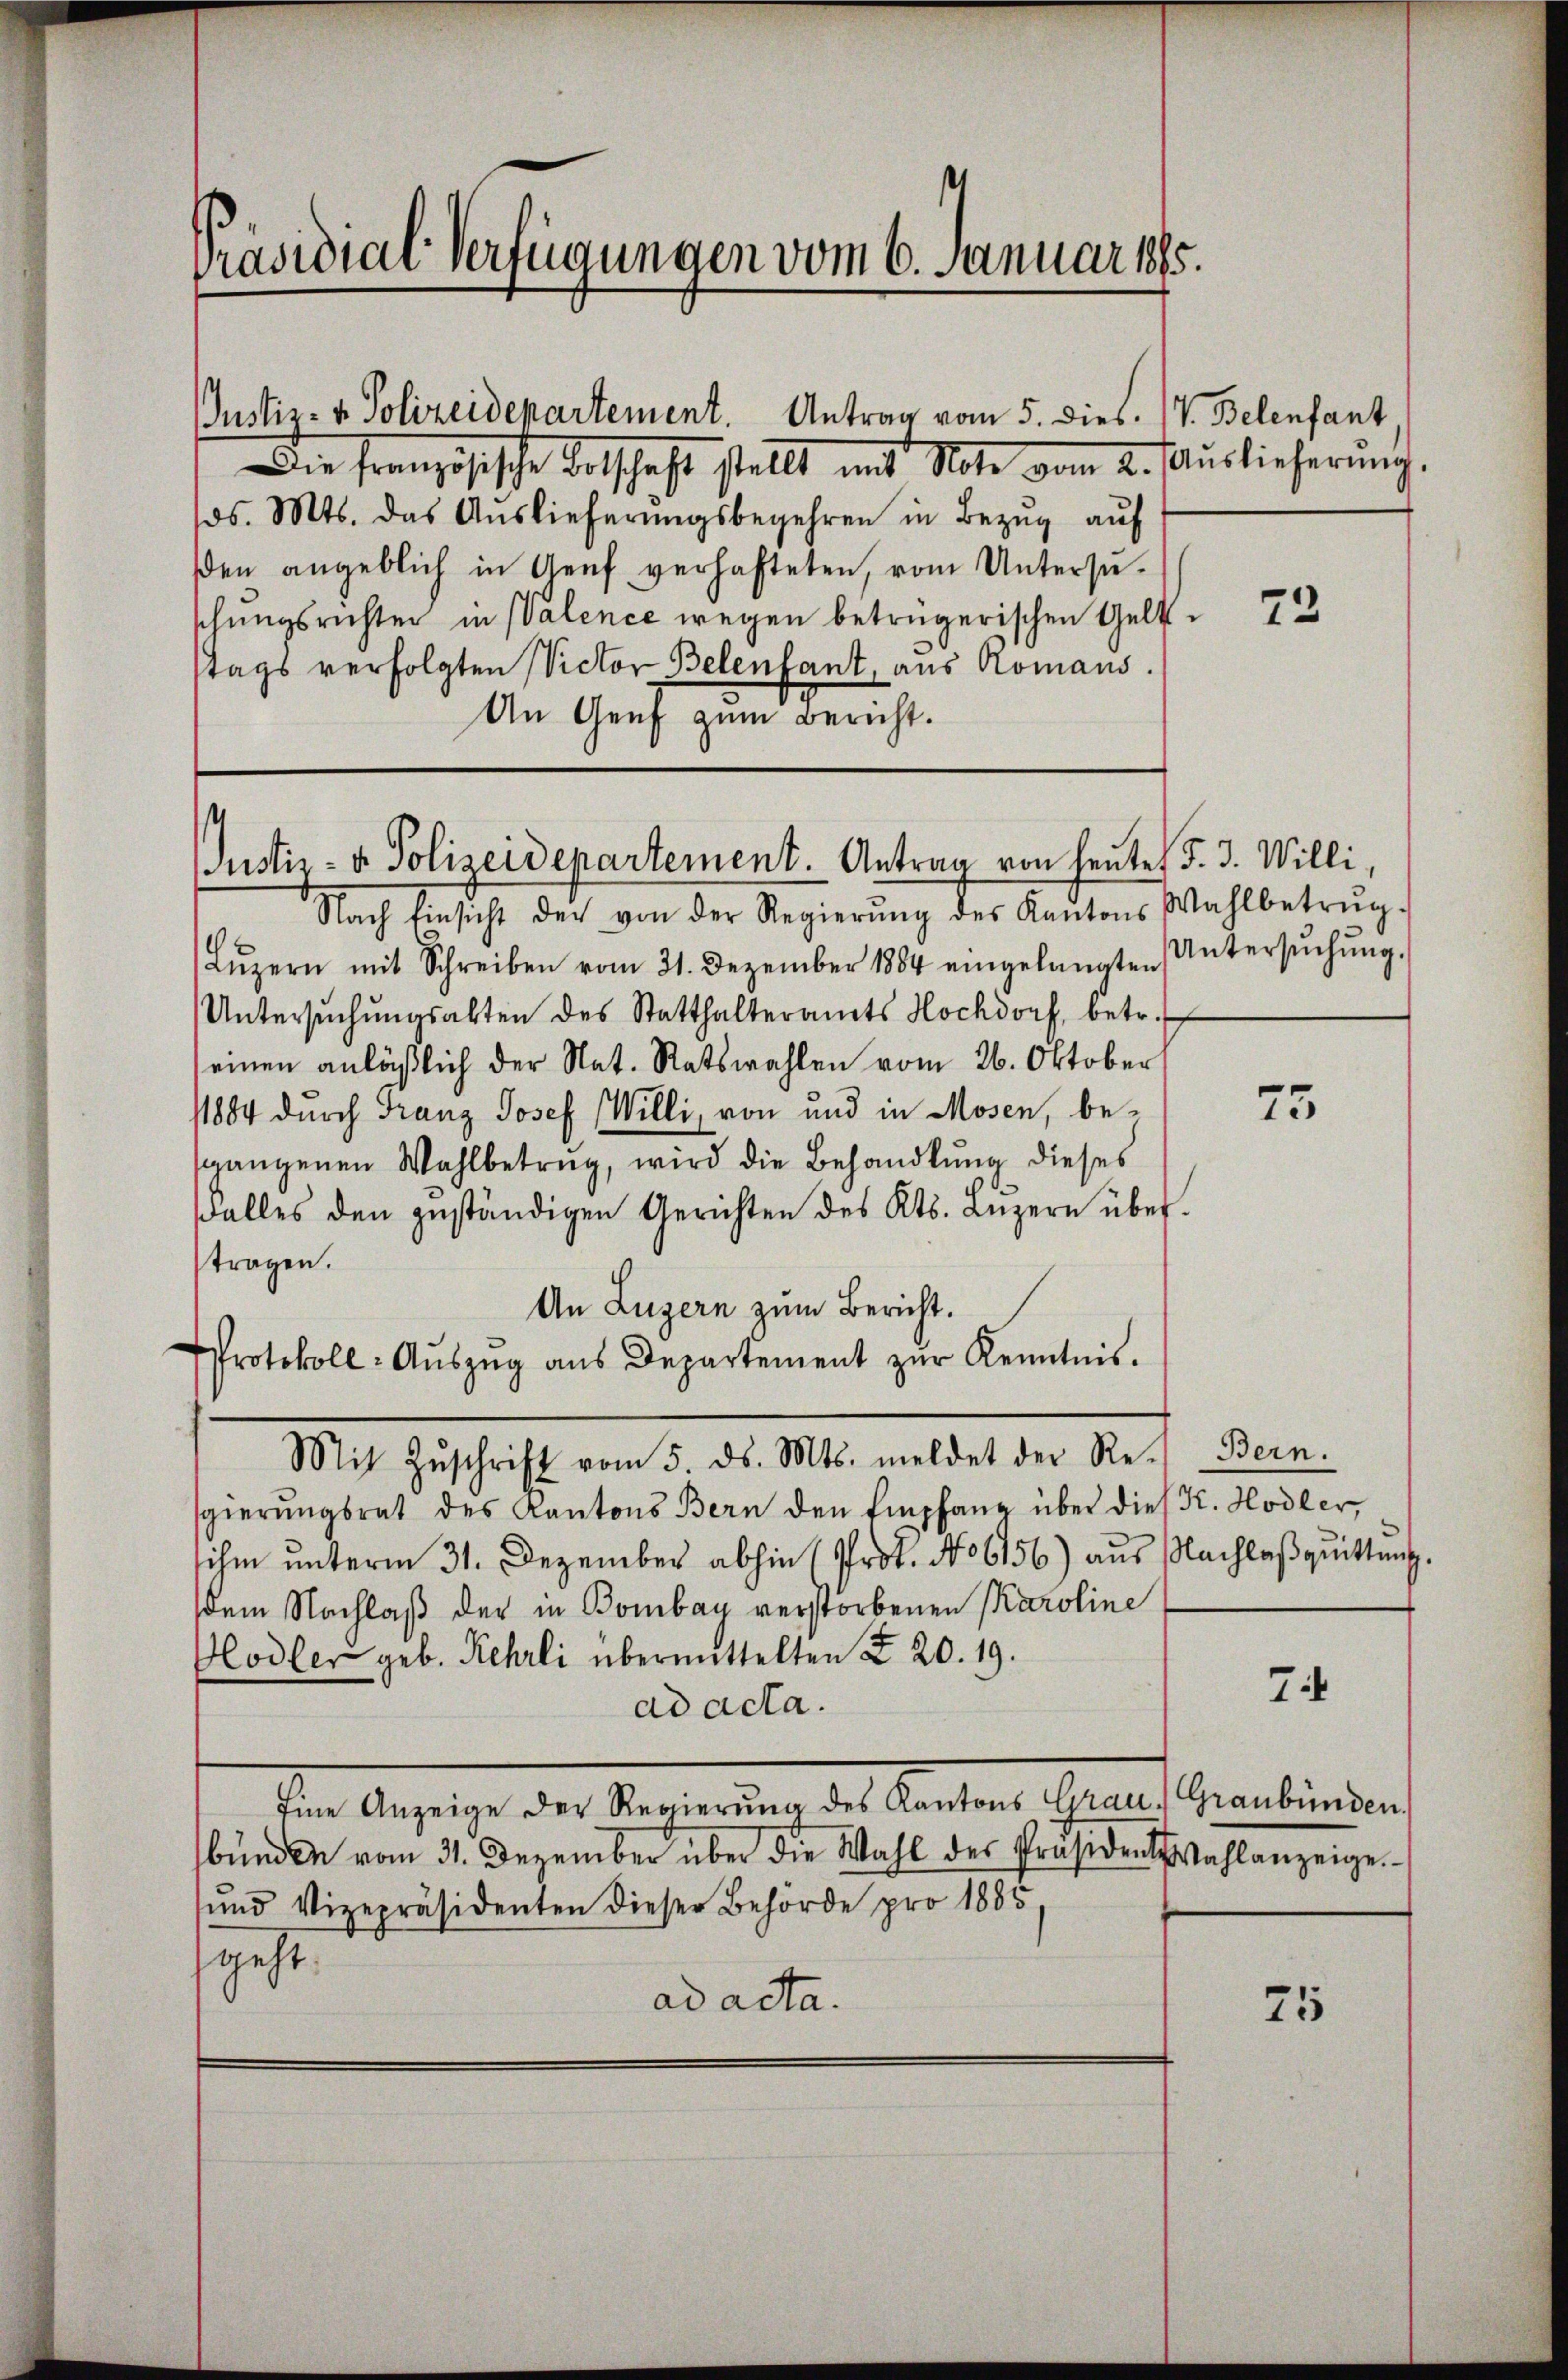
Präsidial-Verfügungen vom 6. Januar 1885.

Die Französische Botschaft stellt mit Note vom 2. Auslieferŭng.
/os. Mts. das Aŭslieferŭngsbegehren in Bezŭg aŭf
den angeblich in Genf verhafteten, vom Untersŭ-
schungsrichten in Valence wegen betrügerischen Gelt-
stags verfolgten Victor Belenfant, aus Romans.
An Genf zum Bericht.

Justiz- & Polizeidepartement. Antrag von heŭte §. 3. Willi,

Justiz- & Polizeidepartement. Antrag vom 5. dies. V. Belenfant,

Nach Einsicht der von der Regierŭng des Kantons Wahlbetrŭg-
Lŭzern mit Schreiben vom 31. Dezember 1884 eingelangten
Untersŭchŭngsakten des Statthalteramts Hochdorf, betr.
seinen anläßlich der Nat. Ratswahlen vom 26. Oktober
11884 durch Franz Josef Willi, von und in Mosen, besgangenen Wahlbetrug, wird die Behandlung dieses
Falles den geständigen Gerichten des Kts. Lŭzern über
tragen.
An Luzern zum Bericht.
Protokoll- Aŭszŭg aŭs Departement zŭr Kenntnis.
Mit Zŭschrift vom 5. ds. Mts. meldet der Re-
sgierŭngsrat des Kantons Bern den Empfang über dies K. Hodler,
sihm unterm 31. Dezember abhin (Prot. No 6156) aus Nachlaβquittung.
dem Nachlaß der in Bombay verstorbenen Karoline
Hodler geb. Rehrli übermittelten § 20. 19.
ad acta.
der Angelege der Regierten des Kantons Theater
bünden vom 31. Dezember über die Wahl des Präsiden Wahlanzeige.
und Vizepräsidenten dieser Behörde pro 1885
sgest
ad acta.

72

Untersuchung.

75

Bern.

7

Graubünden.

75